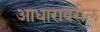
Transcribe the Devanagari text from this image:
आधारावरील